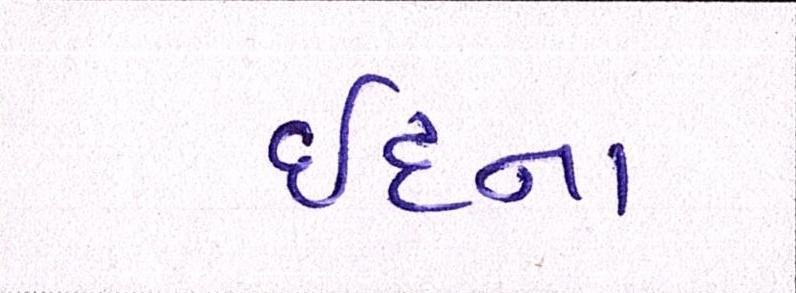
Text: ઈદના